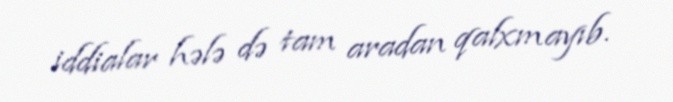
iddialar hələ də tam aradan qalxmayıb.